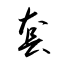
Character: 套